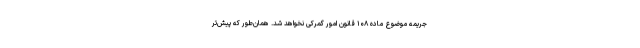
جریمه موضوع ماده ۱۰۸ قانون امور گمرکی نخواهد شد. همان‌طور که پیش‌تر